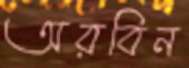
অরবিন